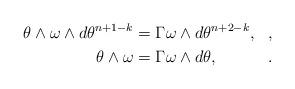
LaTeX: \begin{align*} \begin{aligned} \theta \wedge \omega \wedge d\theta^{n+1-k} & = \Gamma\omega \wedge d\theta^{n+2-k} , && , \\ \theta \wedge \omega & = \Gamma\omega \wedge d\theta , && . \end{aligned} \end{align*}